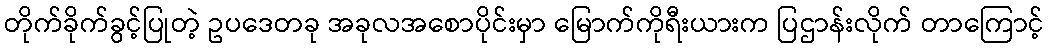
တိုက်ခိုက်ခွင့်ပြုတဲ့ ဥပဒေတခု အခုလအစောပိုင်းမှာ မြောက်ကိုရီးယားက ပြဌာန်းလိုက် တာကြောင့်